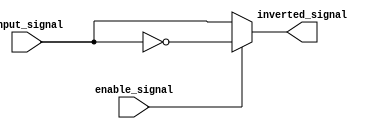
module active_low_buffer (
  input input_signal,
  input enable_signal,
  output inverted_signal
);

assign inverted_signal = enable_signal ? ~input_signal : input_signal;

endmodule